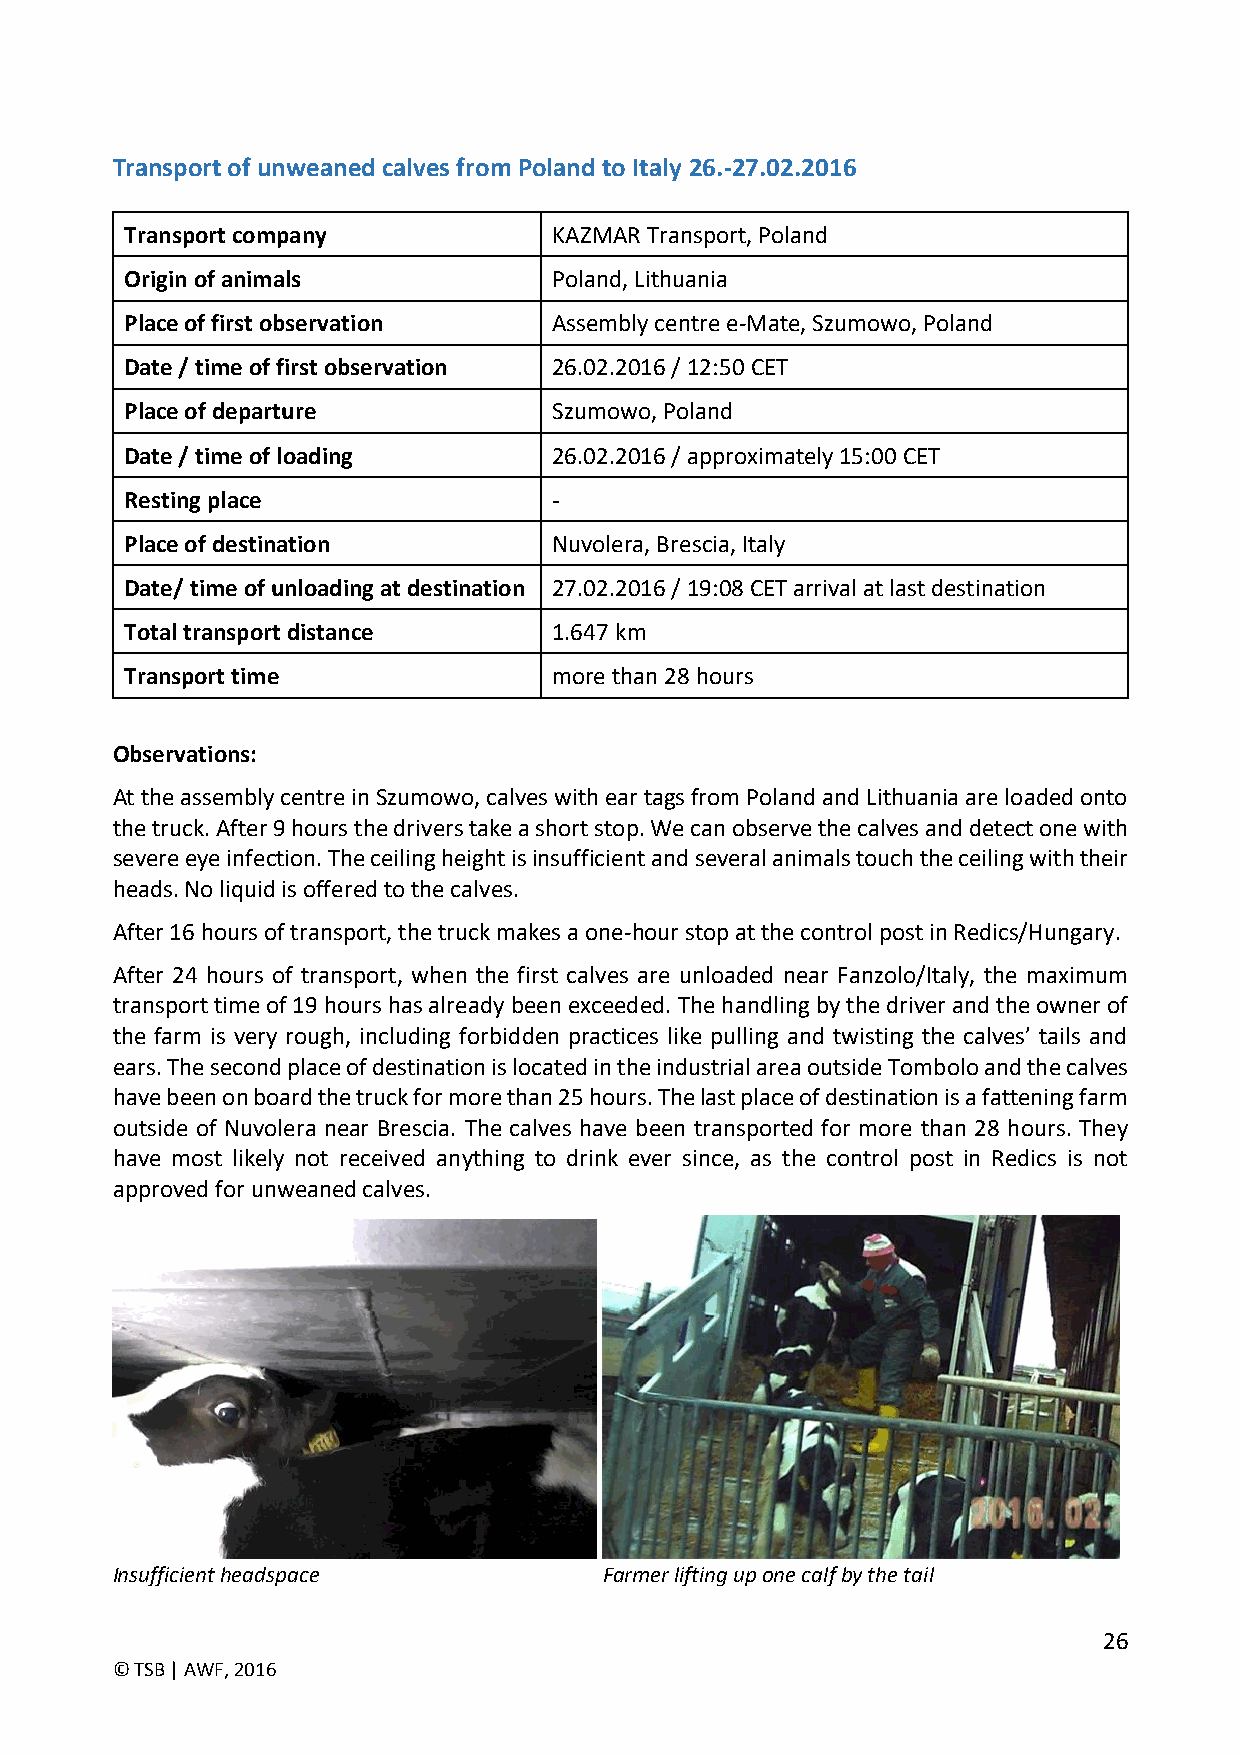
Transport of unweaned calves from Poland to Italy 26.-27.02.2016
 Transport company            KAZMAR Transport, Poland
 Origin of animals            Poland, Lithuania
 Place of first observation   Assembly centre e-Mate, Szumowo, Poland
 Date / time of first observation 26.02.2016 / 12:50 CET
 Place of departure           Szumowo, Poland
 Date / time of loading       26.02.2016 / approximately 15:00 CET
 Resting place                -
 Place of destination         Nuvolera, Brescia, Italy
 Date/ time of unloading at destination 27.02.2016 / 19:08 CET arrival at last destination
 Total transport distance     1.647 km
 Transport time               more than 28 hours
 Observations:
 At the assembly centre in Szumowo, calves with ear tags from Poland and Lithuania are loaded onto
 the truck. After 9 hours the drivers take a short stop. We can observe the calves and detect one with
 severe eye infection. The ceiling height is insufficient and several animals touch the ceiling with their
 heads. No liquid is offered to the calves.
 After 16 hours of transport, the truck makes a one-hour stop at the control post in Redics/Hungary.
 After 24 hours of transport, when the first calves are unloaded near Fanzolo/Italy, the maximum
 transport time of 19 hours has already been exceeded. The handling by the driver and the owner of
 the farm is very rough, including forbidden practices like pulling and twisting the calves’ tails and
 ears. The second place of destination is located in the industrial area outside Tombolo and the calves
 have been on board the truck for more than 25 hours. The last place of destination is a fattening farm
 outside of Nuvolera near Brescia. The calves have been transported for more than 28 hours. They
 have most likely not received anything to drink ever since, as the control post in Redics is not
 approved for unweaned calves.
 Insufficient headspace           Farmer lifting up one calf by the tail
 26
 © TSB | AWF, 2016